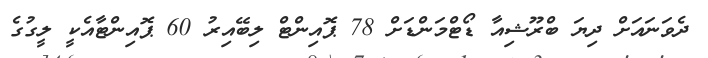
ދެވަނައަށް ދިޔަ ބްރޫޝިއާ ޑޯޓްމަންޑަށް 78 ޕޮއިންޓް ލިބޭއިރު 60 ޕޮއިންޓާއެކީ ލީގުގެ